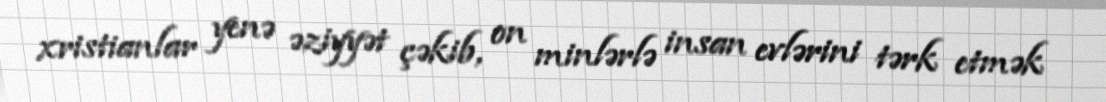
xristianlar yenə əziyyət çəkib, on minlərlə insan evlərini tərk etmək